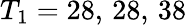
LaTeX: T_{1}=28,\, 28,\, 38